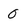
Character: O